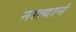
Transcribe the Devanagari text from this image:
नात्यानं